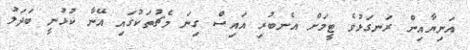
އަނިޔާއިން ރަނގަޅުވެ ޓީމަށް އެނބުރި އައިސް ގިނަ މެޗުތަކުގައި އޭނާ ކުޅުނީ ބަދަލު